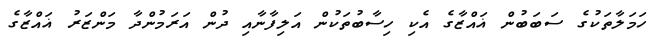
ހަމަލާތަކުގެ ސަބަބުން ޣައްޒާގެ އެކި ހިސާބުތަކުން އަލިފާނާއި ދުން އަރަމުންދާ މަންޒަރު ޣައްޒާގެ